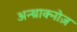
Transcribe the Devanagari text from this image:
अन्थ्राक्नोज़